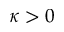
\kappa > 0